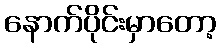
နောက်ပိုင်းမှာတော့